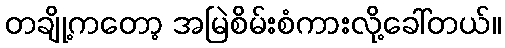
တချို့ကတော့ အမြဲစိမ်းစံကားလို့ခေါ်တယ်။